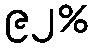
၉၂%